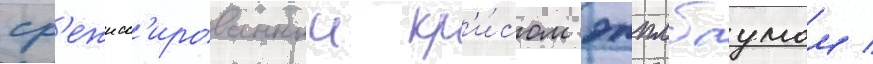
ср'ежисс'ированныи кр'и́сом эпплбаумом /